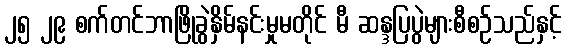
၂၅ ၂၉ စက်တင်ဘာဖြိုခွဲနှိမ်နင်းမှုမတိုင် မီ ဆန္ဒပြပွဲများစီစဉ်သည်နှင့်